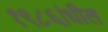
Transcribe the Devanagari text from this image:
१९८६ांधील